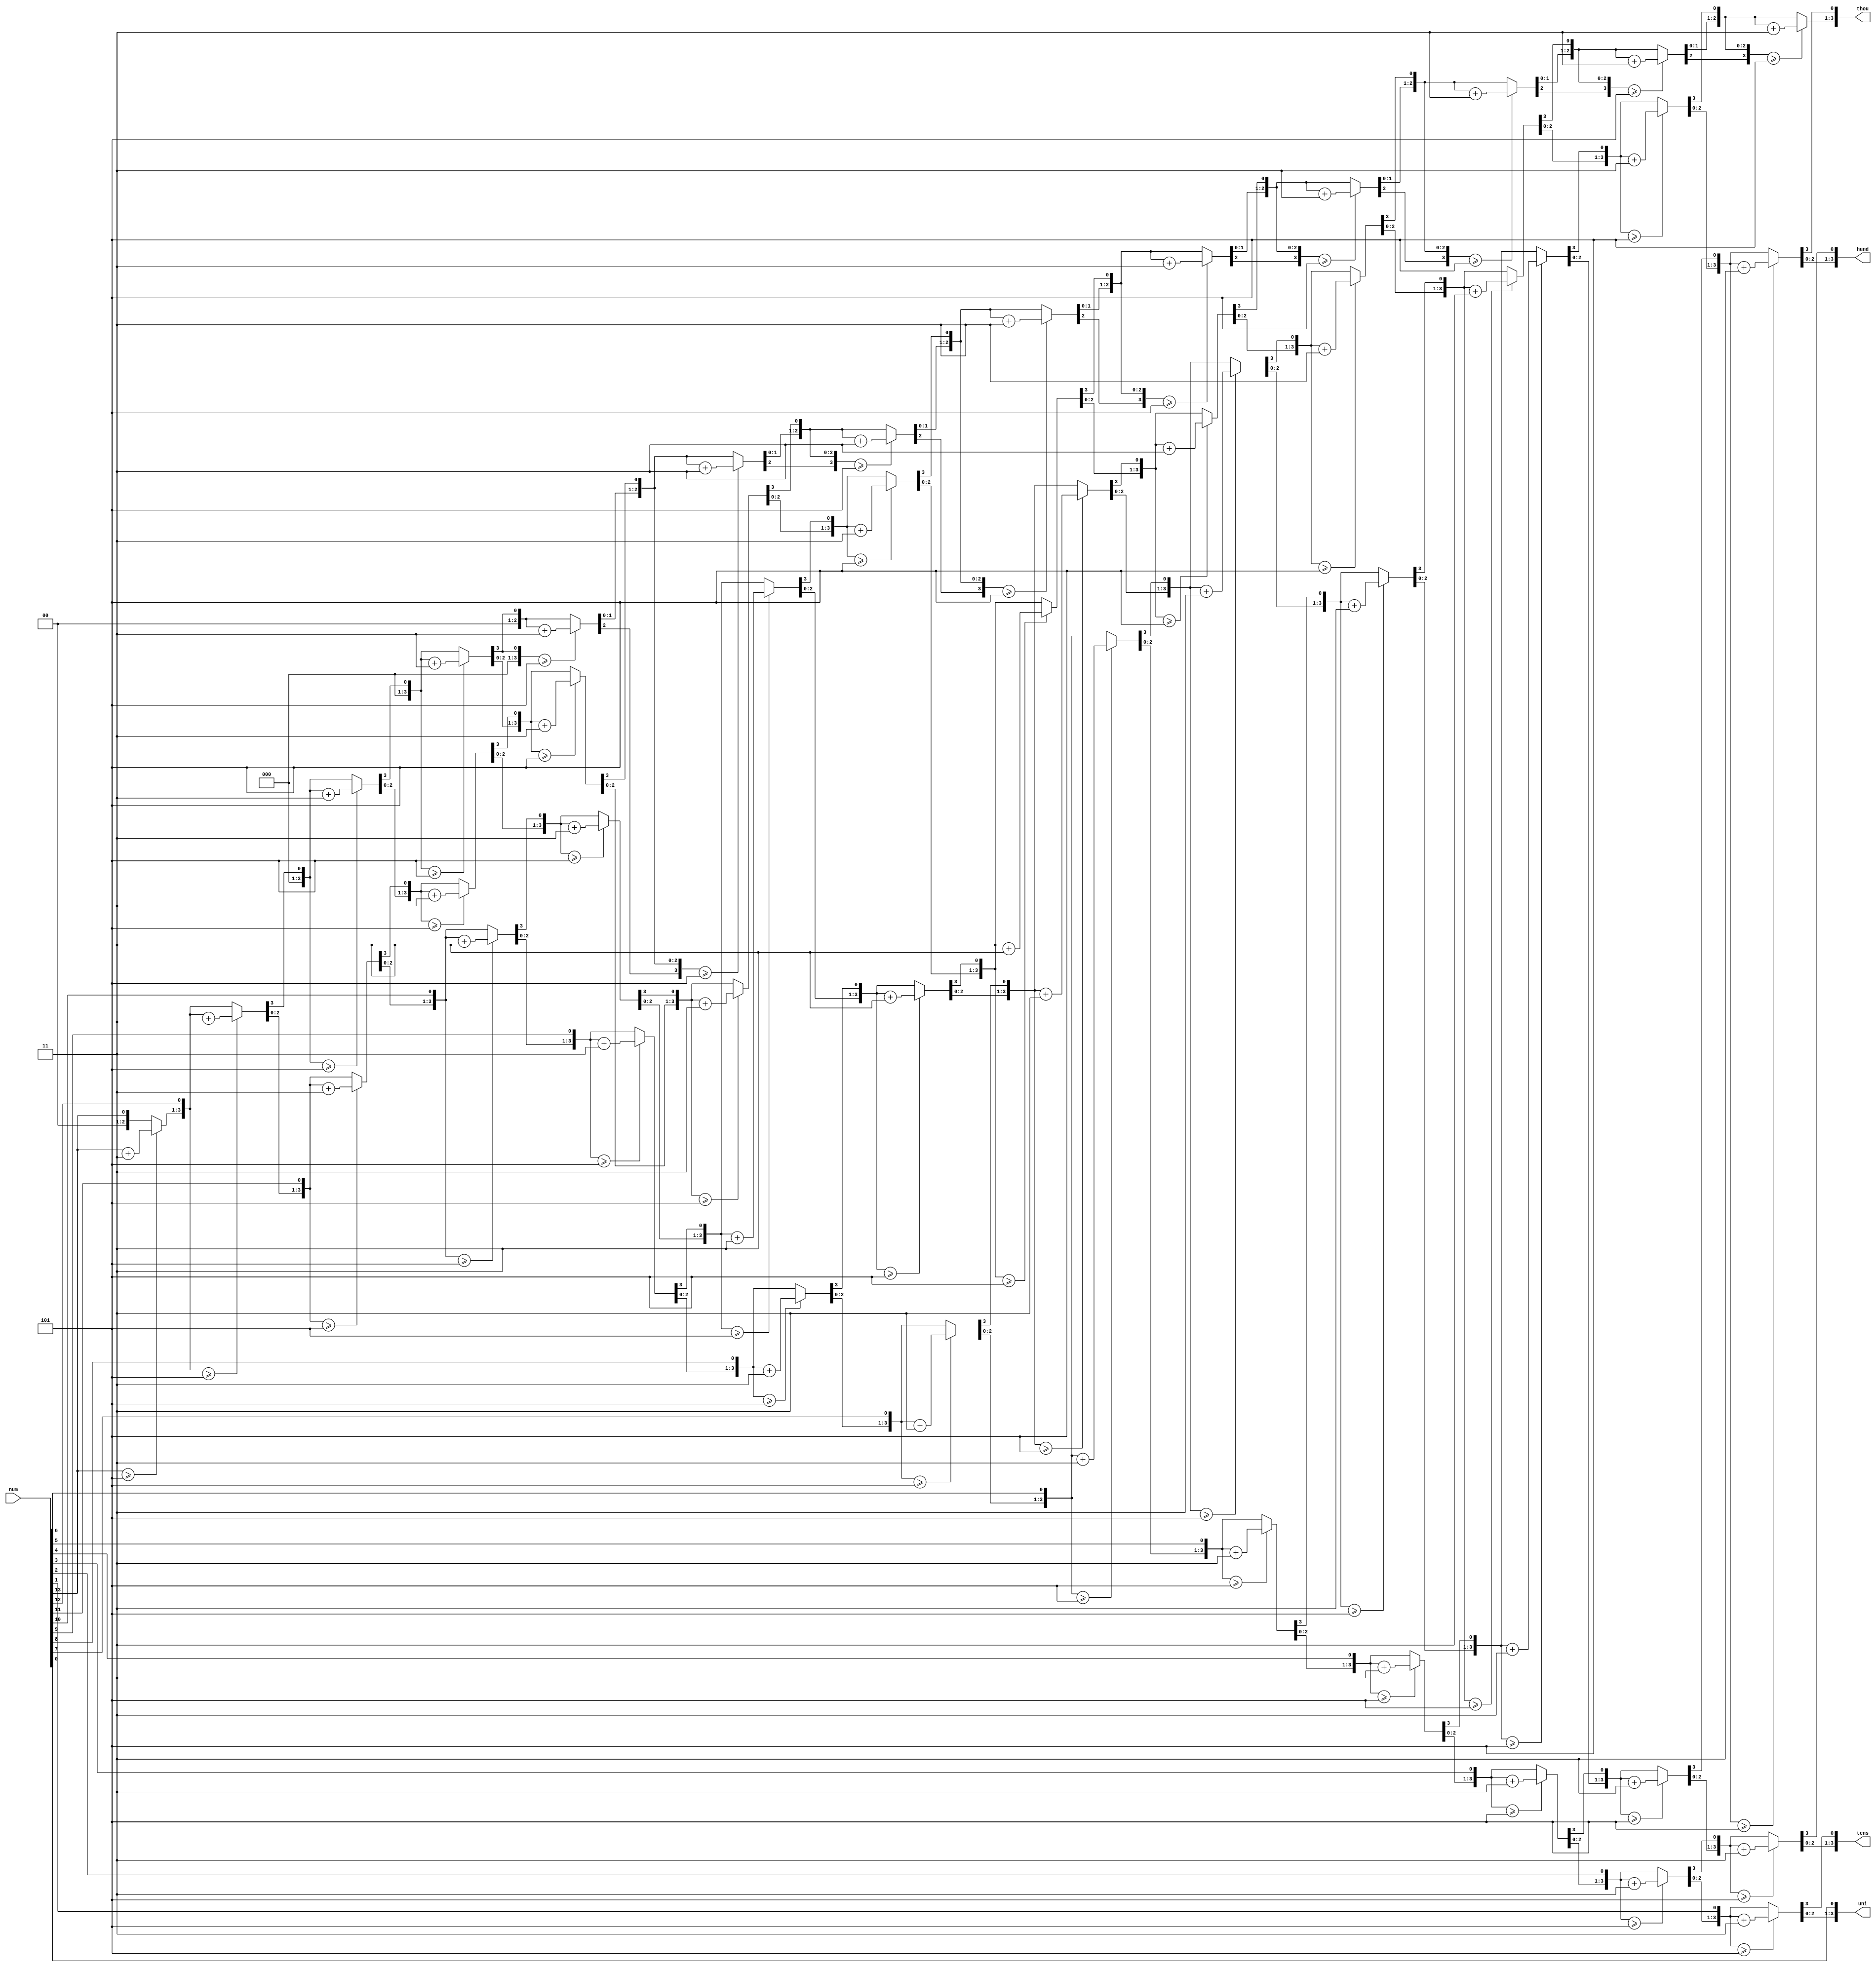
module doubledabble(input[13:0] num, output reg[3:0] thou, hund, tens, uni);
	integer i;
	always @(num) begin
		thou = 0;
		hund = 0;
		tens = 0;
		uni = 0;
		for (i = 13; i >= 0; i = i - 1) begin
			if (thou >= 5)
				thou = thou + 3;
			if (hund >= 5)
				hund = hund + 3;
			if (tens >= 5)
				tens = tens + 3;
			if (uni >= 5)
				uni = uni + 3;
				
			thou = thou << 1;
			thou[0] = hund[3];
			hund = hund << 1;
			hund[0] = tens[3];
			tens = tens << 1;
			tens[0] = uni[3];
			uni = uni << 1;
			uni[0] = num[i];
 		end
	end
endmodule